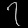
Digit: ၇